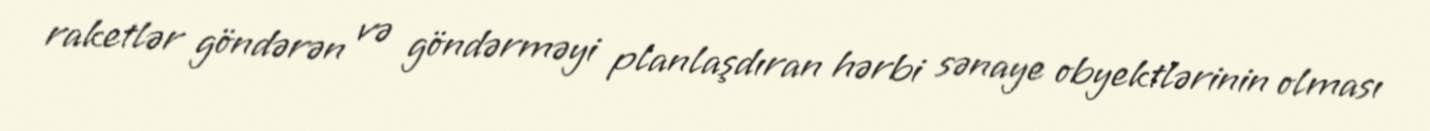
raketlər göndərən və göndərməyi planlaşdıran hərbi sənaye obyektlərinin olması